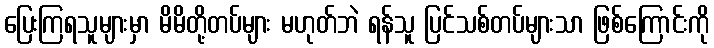
ပြေးကြရသူများမှာ မိမိတို့တပ်များ မဟုတ်ဘဲ ရန်သူ ပြင်သစ်တပ်များသာ ဖြစ်ကြောင်းကို